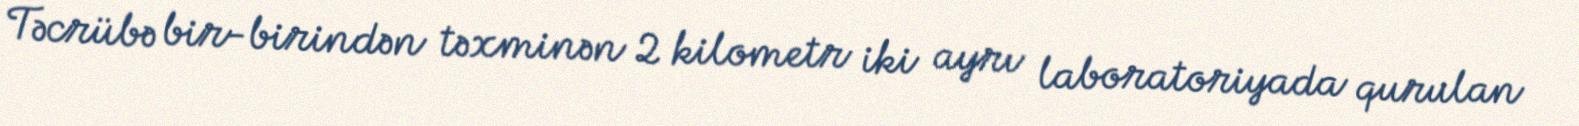
Təcrübə bir-birindən təxminən 2 kilometr iki ayrı laboratoriyada qurulan